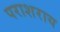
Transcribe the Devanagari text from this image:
पराशराय